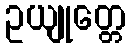
ဥယျုတ္တေ